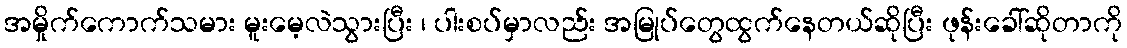
အမှိုက်ကောက်သမား မူးမေ့လဲသွားပြီး ၊ ပါးစပ်မှာလည်း အမြုပ်တွေထွက်နေတယ်ဆိုပြီး ဖုန်းခေါ်ဆိုတာကို